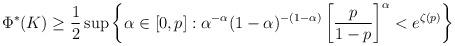
LaTeX: \begin{align*}\Phi^*(K) \geq \frac{1}{2} \sup\left\{ \alpha \in [0,p] : \alpha^{-\alpha} (1-\alpha)^{-(1-\alpha)} \left[\frac{p}{1-p}\right]^{\alpha} < e^{\zeta(p)} \right\} \end{align*}